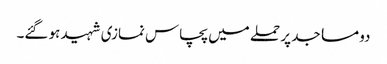
دو مساجد پر حملے میں پچاس نمازی شہید ہو گئے۔